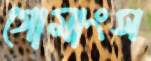
গোমাংস